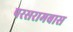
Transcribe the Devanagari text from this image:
परसरामबास